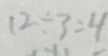
1 2 \div 3 = 4